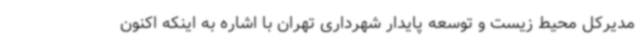
مدیرکل محیط زیست و توسعه پایدار شهرداری تهران با اشاره به اینکه اکنون